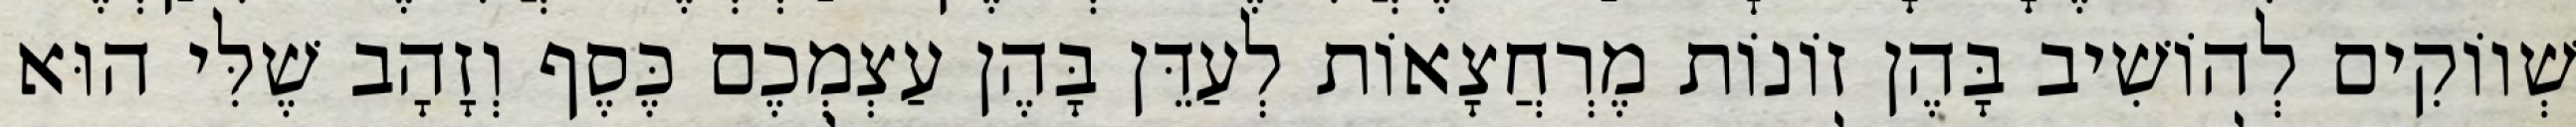
שְׁווֹקִים לְהוֹשִׁיב בָּהֶן זוֹנוֹת מֶרְחֲצָאוֹת לְעַדֵּן בָּהֶן עַצְמְכֶם כֶּסֶף וְזָהָב שֶׁלִּי הוּא